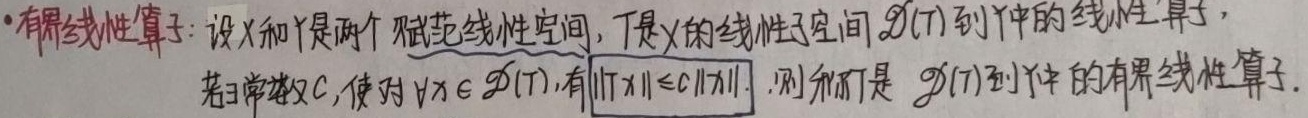
- 有界线性算子：设 \(X\) 和 \(Y\) 是两个赋范线性空间，\(T\) 是 \(X\) 的线性子空间 \(\mathscr{D}(T)\) 到 \(Y\) 中的线性算子，若 \(\exists\) 常数 \(C\)，使对 \(\forall x\in\mathscr{D}(T)\)，有 \(\|Tx\|\leq C\|x\|\)，则称 \(T\) 是 \(\mathscr{D}(T)\) 到 \(Y\) 中的有界线性算子.